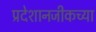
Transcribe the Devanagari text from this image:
प्रदेशानजीकच्या